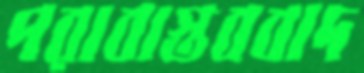
পরাবাস্তববাদ